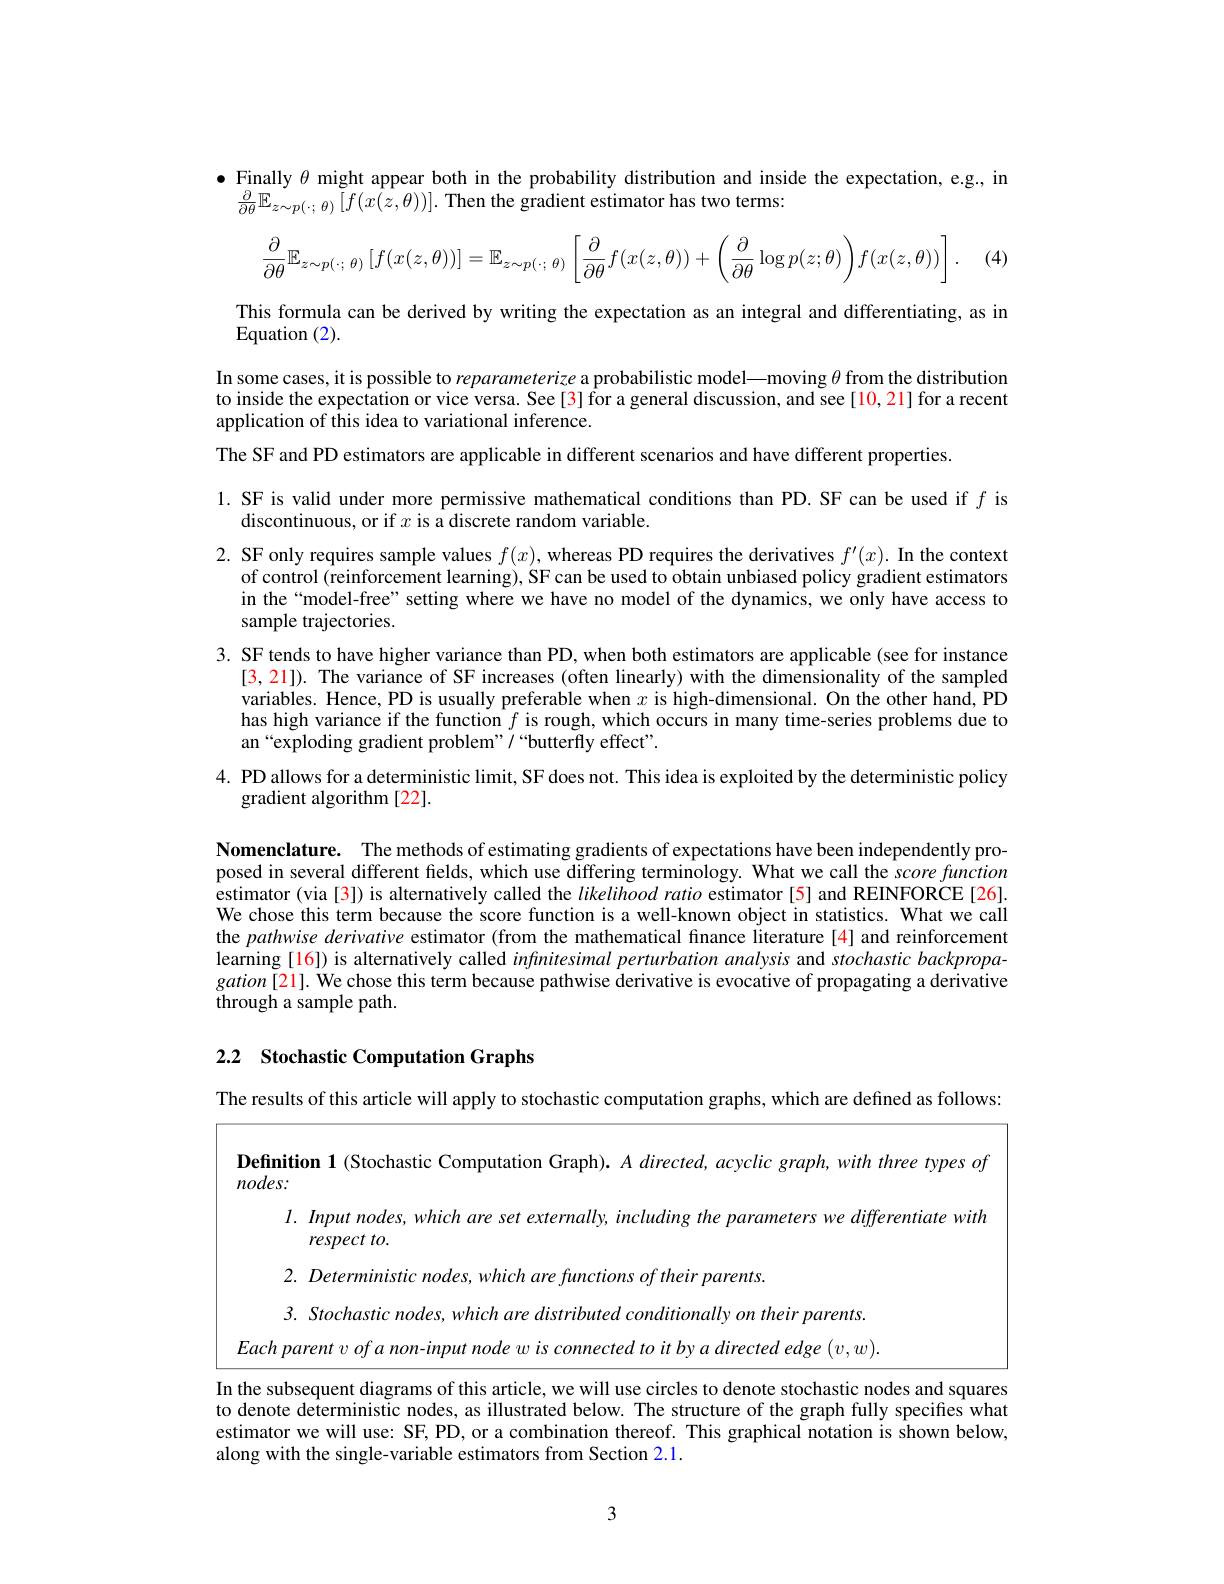
$\bullet$ Finally $\theta$ might appear both in the probability distribution and inside the expectation, e.g., in
$\frac{\partial}{\partial\theta}\mathbb{E}_{z\sim p(\cdot;\theta)}\left[\tilde{f}(x\hat{(z,\theta)})\right].$ Then the gradient estimator has two terms:
$$\dfrac{\partial}{\partial\theta}\mathbb{E}_{z\sim p(\cdot;\:\theta)}\left[f(x(z,\theta))\right]=\mathbb{E}_{z\sim p(\cdot;\:\theta)}\left[\dfrac{\partial}{\partial\theta}f(x(z,\theta))+\left(\dfrac{\partial}{\partial\theta}\log p(z;\theta)\right)f(x(z,\theta))\right].$$
(4

This formula can be derived by writing the expectation as an integral and differentiating, as in
Equation (2).
In some cases, it is possible to reparameterize a probabilistic model—moving $\theta$ from the distribution to inside the expectation or vice versa. See[3] for a general discussion, and see[10,21] for a recent application of this idea to variational inference
The SF and PD estimators are applicable in different scenarios and have different properties.
1. SF is valid under more permissive mathematical conditions than PD. SF can be used if $f$ is
discontinuous, or if $x$ is a discrete random variable.
2. SF only requires sample values $f(x)$,whereas PD requires the derivatives $f^\prime(x).$ In the context
of control (reinforcement learning), SF can be used to obtain unbiased policy gradient estimators in the“model-free”setting where we have no model of the dynamics, we only have access to sample trajectories.
3. SF tends to have higher variance than PD, when both estimators are applicable (see for instance
[3,21]). The variance of SF increases (often linearly) with the dimensionality of the sampled variables. Hence, PD is usually preferable when $x$ is high-dimensional. On the other hand, PD has high variance if the function $f$ is rough, which occurs in many time-series problems due to an“exploding gradient problem”/“butterfly effect".
4. PD allows for a deterministic limit, SF does not. This idea is exploited by the deterministic policy

gradient algorithm [22].

Nomenclature. The methods of estimating gradients of expectations have been independently proposed in several different fields, which use differing terminology. What we call the score function estimator (via [3]) is alternatively called the likelihood ratio estimator [5] and REINFORCE [26]. We chose this term because the score function is a well-known object in statistics. What we call the pathwise derivative estimator (from the mathematical finance literature [4] and reinforcement learning [16]) is alternatively called infinitesimal perturbation analysis and stochastic backpropa- $gation\left[21\right].$ We chose this term because pathwise derivative is evocative of propagating a derivative through a sample path.

# 2.2 Stochastic Computation Graphs

The results of this article will apply to stochastic computation graphs, which are defined as follows:

Definition 1 (Stochastic Computation Graph). A directed, acyclic graph, with three types of
$nodes:$
$l. \textit{ Input nodes, which are set externally, including the parameters we differentiate with}$
respect to.
2. Deterministic nodes, which are functions of their parents.
3. Stochastic nodes, which are distributed conditionally on their parents. $Eachparentvofanon-inputnodewisconnectedtoitbyadirectededge(v,w).$

In the subsequent diagrams of this article, we will use circles to denote stochastic nodes and squares to denote deterministic nodes, as illustrated below. The structure of the graph fully specifies what estimator we will use: SF, PD, or a combination thereof. This graphical notation is shown below, along with the single-variable estimators from Section 2.1.

3